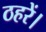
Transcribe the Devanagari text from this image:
ठहरें।